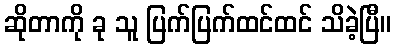
ဆိုတာကို ခု သူ ပြက်ပြက်ထင်ထင် သိခဲ့ပြီ။